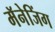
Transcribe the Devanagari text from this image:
मॅनेजिंग